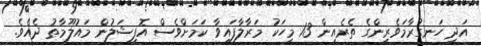
އަދި ހަނގުރާމަވެރިންގެ ތެރެއިން 13 މީހަކު މަރާލާފައިވާ ކަމަށްވެސް އޮފިޝަލުން މައުލޫމާތު ދެއެވެ.